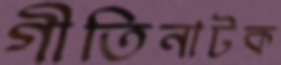
গীতিনাটক